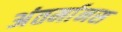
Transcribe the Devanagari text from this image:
अंतर्मानस